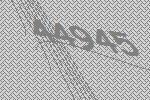
44945